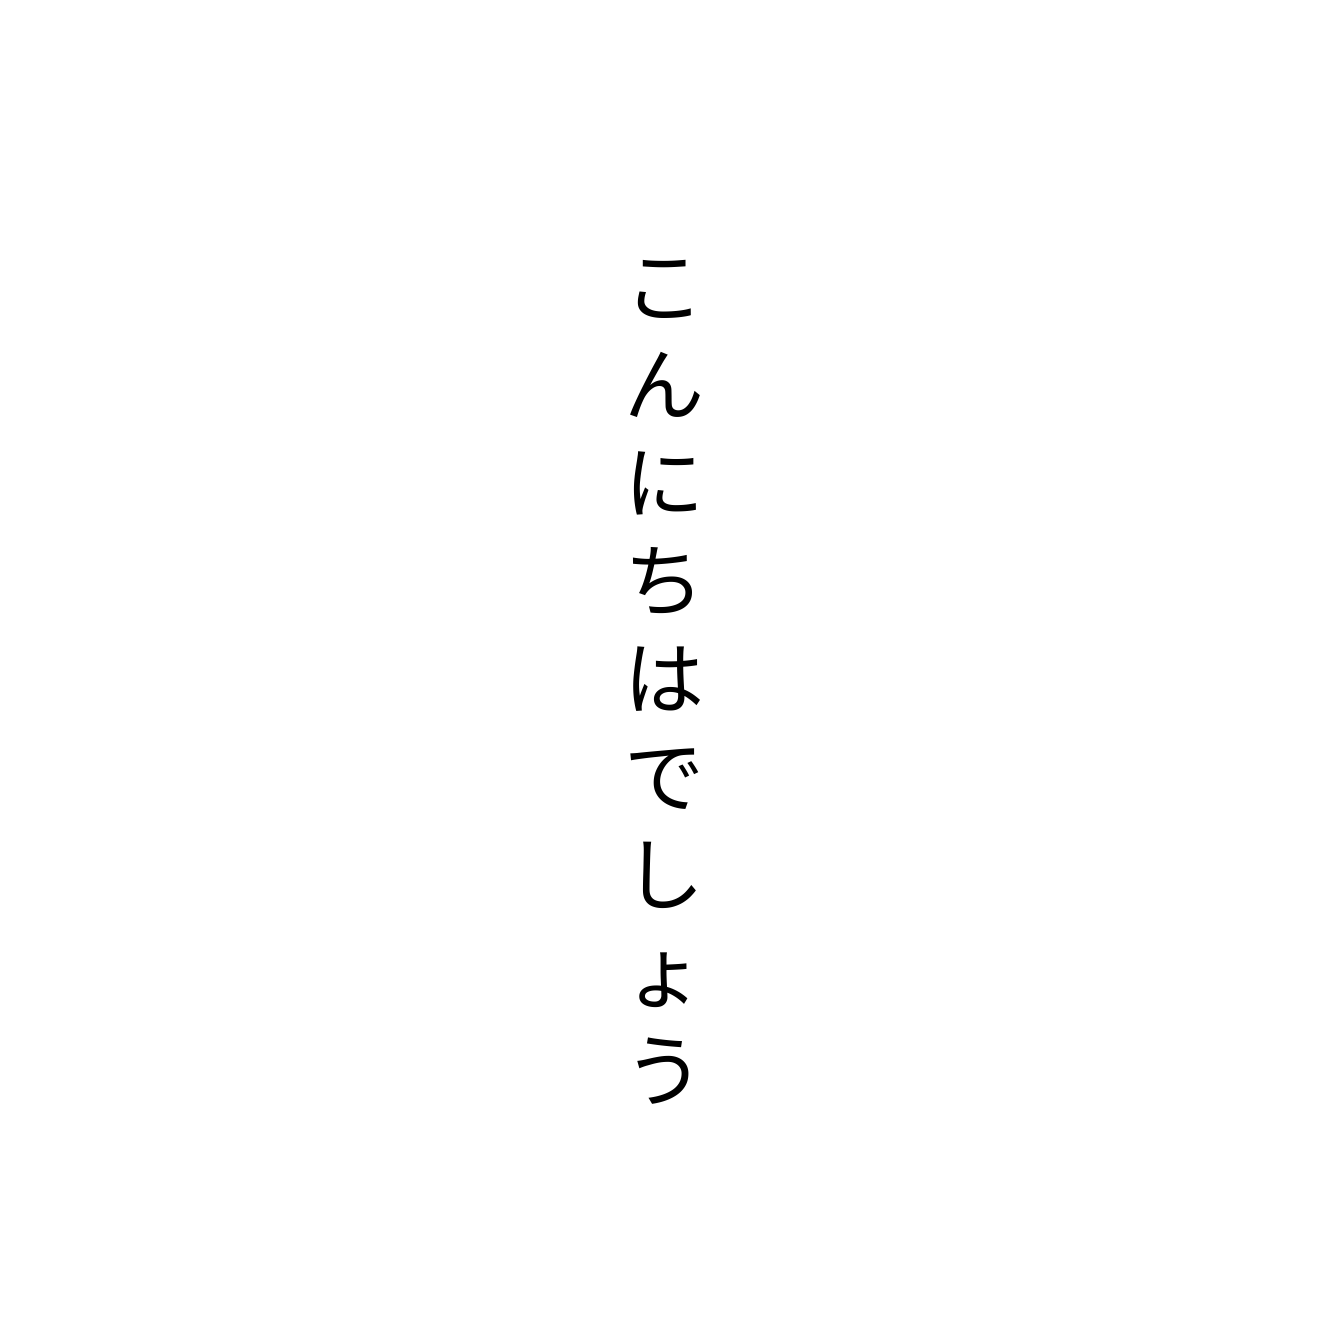
こんにちはでしょう